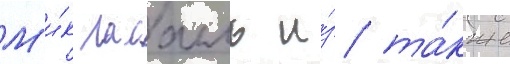
М'и́к ласалль и́з та́кже